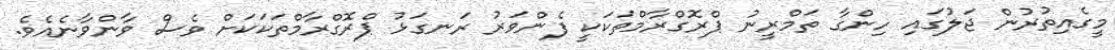
މީގެއިތުރުން ޖަލުގައި ހިންގާ ތަމްރީނު ޕްރޮގްރާމްތަކަކީ ފެންވަރު ރަނގަޅު ޕްރޮގްރާމްތަކަކަށް ވެސް ވާންވާނެއެވެ.